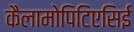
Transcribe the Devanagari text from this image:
कैलामोपिटिएसिई